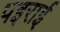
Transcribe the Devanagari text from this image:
पइराई